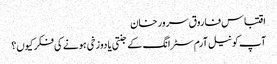
اقتباس فاروق سرور خان
آپ کو نیل آرم سٹرانگ کے جنتی یا دوزخی ہونے کی فکر کیوں؟